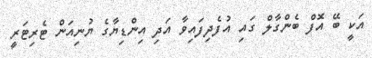
އަކީ ބޭ އޮފް ބެންގާލް ގައި އުފެދިފައިވާ އަދި އިންޑިޔާގެ ޔުނިއަން ޓެރިޓަރީ